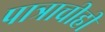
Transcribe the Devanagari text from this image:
पात्राचीही